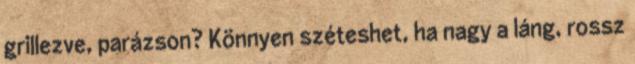
grillezve, parázson? Könnyen széteshet, ha nagy a láng, rossz